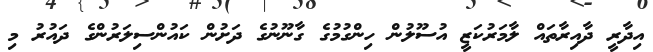
އިދާރީ ދާއިރާތައް ލާމަރުކަޒީ އުސޫލުން ހިންގުމުގެ ގާނޫނުގެ ދަށުން ކައުންސިލަރުންގެ ދައުރު މި